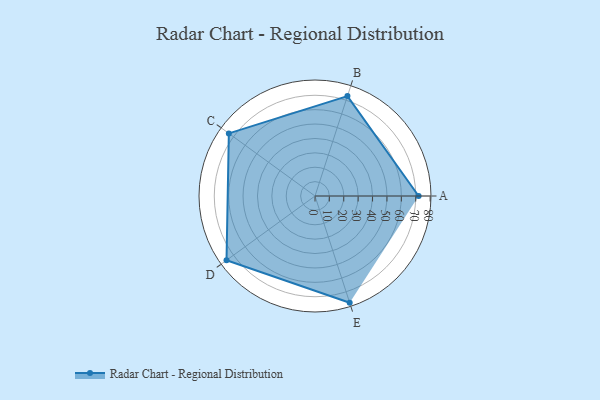
{"axis": {"x": "Skill", "y": "Score"}, "legend": ["Profile"], "data": [{"x": "A", "y": 72.0, "type": "Profile"}, {"x": "B", "y": 73.0, "type": "Profile"}, {"x": "C", "y": 74.0, "type": "Profile"}, {"x": "D", "y": 76.0, "type": "Profile"}, {"x": "E", "y": 78.0, "type": "Profile"}]}